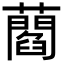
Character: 𧂄